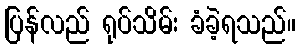
ပြန်လည် ရုပ်သိမ်း ခံခဲ့ရသည်။